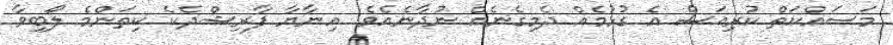
މަސައްކަތް ކުރިއަސް އެ ގުޅުމެއް ދެމިގެނެއް ނުދާނެއެވެ. އިނާޔާ ފާރިޝްދެކެ ކިތަންމެ ލޯބިވާ